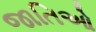
જાતિઓ